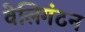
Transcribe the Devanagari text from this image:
वेलिगंटन